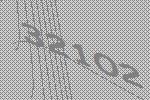
32102